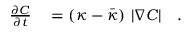
\begin{array} { r l } { \frac { \partial C } { \partial t } } & { { } = ( \kappa - \bar { \kappa } ) \ | \nabla C | \quad . } \end{array}